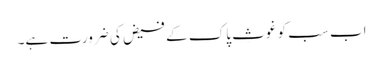
اب سب کو غوثِ پاک کے فیض کی ضرورت ہے۔